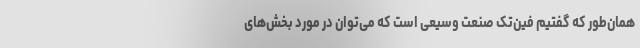
همان‌طور که گفتیم فین‌تک صنعت وسیعی است که می‌توان در مورد بخش‌های